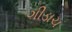
ગીડાચ